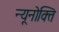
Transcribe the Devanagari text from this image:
न्यूनोक्‍ति